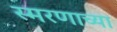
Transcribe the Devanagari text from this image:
स्मरणाच्या